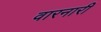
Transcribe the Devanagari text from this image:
वारनारी